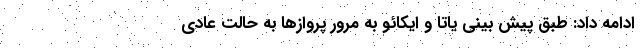
ادامه داد: طبق پیش بینی یاتا و ایکائو به مرور پروازها به حالت عادی